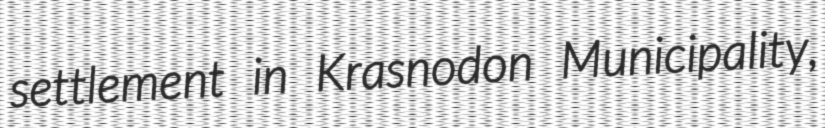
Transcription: settlement in Krasnodon Municipality,